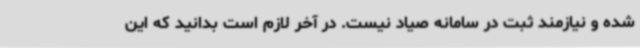
شده و نیازمند ثبت در سامانه صیاد نیست. در آخر لازم است بدانید که این